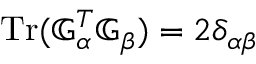
\mathrm { T r } ( { \mathbb G } _ { \alpha } ^ { T } { \mathbb G } _ { \beta } ) = 2 \delta _ { \alpha \beta }